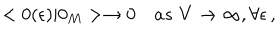
< 0 ( \epsilon ) | 0 _ { M } > \to 0 \quad a s \, \, V \to \infty , \forall \epsilon \, { , }